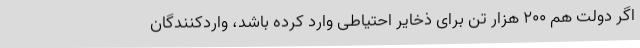
اگر دولت هم ۲۰۰ هزار تن برای ذخایر احتیاطی وارد کرده باشد، واردکنندگان